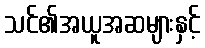
သင်၏အယူအဆများနှင့်